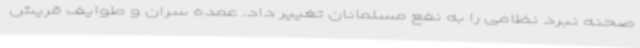
صحنه نبرد نظامی را به نفع مسلمانان تغییر داد. عمده سران و طوایف قریش